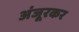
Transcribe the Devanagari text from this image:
अंजूरकर